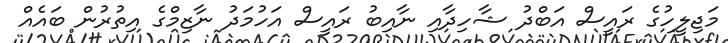
މަޖިލީހުގެ ރައީސް އަބްދު ޝާހިދާއި ނާއިބު ރައީސް އަހުމަދު ނާޒިމްގެ އިތުރުން ބައެއް